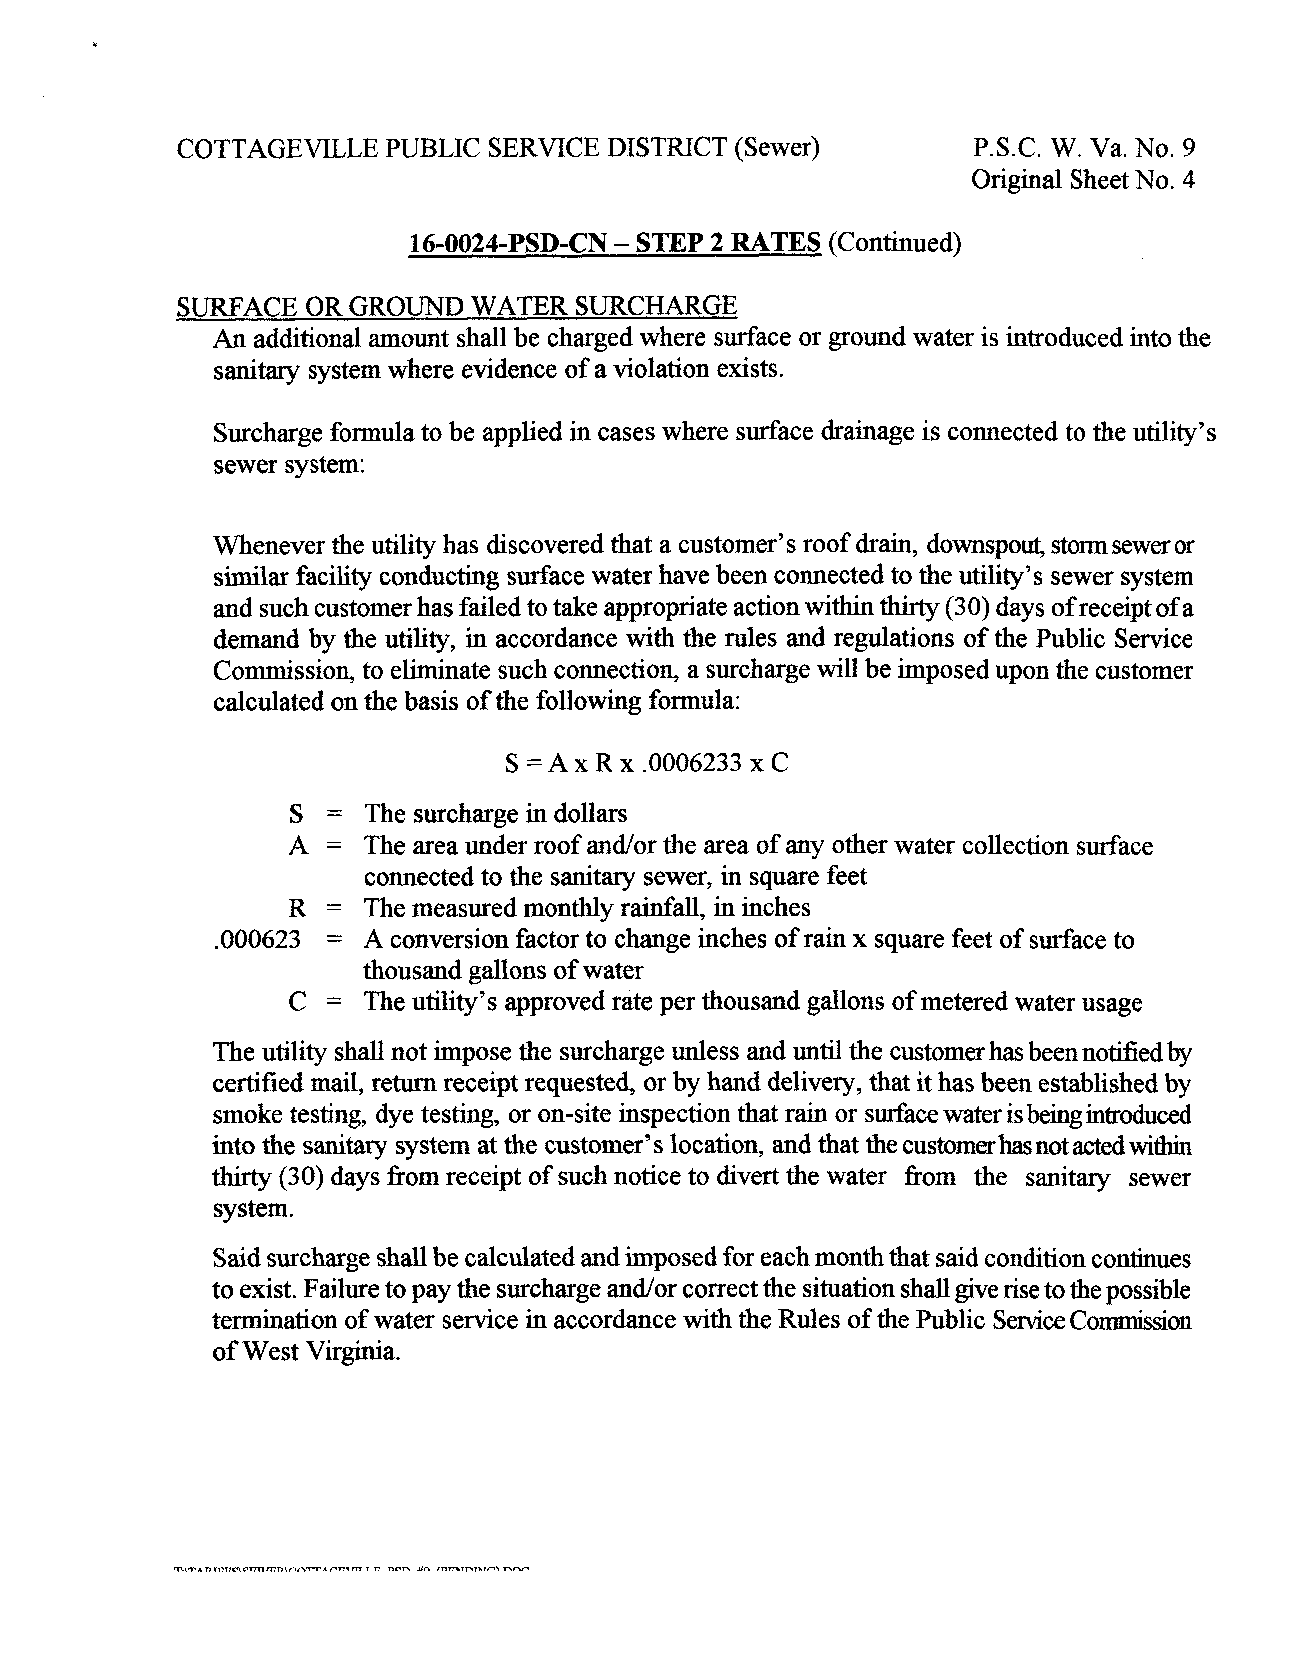
COTTAGEVILLE  PUBLIC SERVICE DISTRICT (Sewer)       P.S.C. W. Va. No. 9
 Original Sheet No. 4
 16-0024-PSD-CN - STEP 2 RATES (Continued)
 SURFACE OR GROUND  WATER  SURCHARGE
 An additional amount shall be charged where surface or ground water is introduced into the
 sanitary system where evidence of a violation exists.
 Surcharge formula to be applied in cases where surface drainage is connected to the utility’s
 sewer system:
 Whenever the utility has discovered that a customer’s roof drain, downspout, storm sewer or
 similar facility conducting surface water have been connected to the utility’s sewer system
 and such customer has failed to take appropriate action within thuty (30) days of receipt of a
 demand by the utility, in accordance with the rules and regulations of the Public Service
 Commission, to eliminate such connection, a surcharge will be imposed upon the customer
 calculated on the basis of the following formula:
 S =AxRx   .0006233 x C
 S  = The surcharge in dollars
 A    The area under roof andor the area of any other water collection surface
 =
 connected to the sanitary sewer, in square feet
 R  = The measured monthly rainfall, in inches
 .000623 = A conversion factor to change inches of rain x square feet of surface to
 thousand gallons of water
 C  = The utility’s approved rate per thousand gallons of metered water usage
 The utility shall not impose the surcharge unless and until the customer has been notified by
 certified mail, return receipt requested, or by hand delivery, that it has been established by
 smoke testing, dye testing, or on-site inspection that rain or surface water is being introduced
 into the sanitary system at the customer’s location, and that the customerhasnotactedwithin
 tturty (30) days from receipt of such notice to divert the water fiom the sanitary sewer
 system.
 Said surcharge shall be calculated and imposed for each month that said condition continues
 to exist. Failure to pay the surcharge and/or correct the situation shall give rise to the possible
 termination of water service in accordance with the Rules of the Public Service Commission
 of West Virginia.